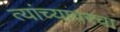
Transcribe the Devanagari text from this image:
त्यांच्यावरचा